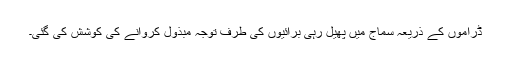
ڈراموں کے ذریعہ سماج میں پھیل رہی برائیوں کی طرف توجہ مبذول کروانے کی کوشش کی گئی۔